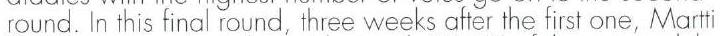
round. In this final round, three weeks after the first one, Martti